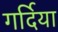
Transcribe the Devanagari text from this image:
गर्दिया